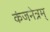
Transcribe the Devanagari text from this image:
कंजनेत्रम्‌